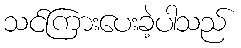
သင်ကြားပေးခဲ့ပါသည်